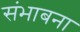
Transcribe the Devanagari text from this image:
संभाबना